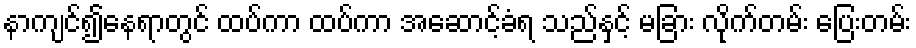
နာကျင်၍နေရာတွင် ထပ်ကာ ထပ်ကာ အဆောင့်ခံရ သည်နှင့် မခြား လိုက်တမ်း ပြေးတမ်း